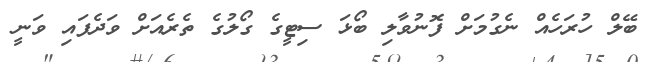
ބޭލް ހުރަހެއް ނެގުމަށް ފޮނުވާލި ބޯޅަ ސިޓީގެ ގޯލުގެ ތެރެއަށް ވަދެފައި ވަނީ